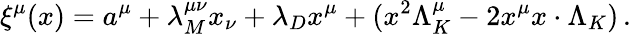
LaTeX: \xi^{\mu}(x)=a^{\mu}+\lambda_{M}^{\mu\nu}x_{\nu}+\lambda_{D}x^{\mu}+(x^{2}\Lambda_{K}^{\mu}-2x^{\mu}x\cdot\Lambda_{K})\, .